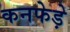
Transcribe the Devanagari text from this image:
कनफेड़े